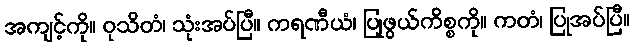
အကျင့်ကို။ ဝုသိတံ၊ သုံးအပ်ပြီ။ ကရဏီယံ၊ ပြုဖွယ်ကိစ္စကို။ ကတံ၊ ပြုအပ်ပြီ။